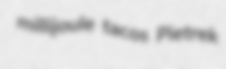
millijoule tacos Pietrek